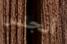
أنجلس